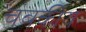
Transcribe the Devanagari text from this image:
चंबकीय